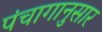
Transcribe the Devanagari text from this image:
पंंचागानुसार